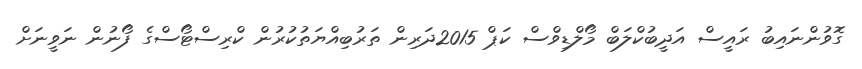
ގޮވުންނައިބު ރައީސް އަދީބުކްލަބް މޯލްޑިވްސް ކަޕް 2015ދަރިން ތަރުބިއްޔަތުކުރުން ކްރިސްޓޯސްގެ ފޯނުން ނަވީނަށް